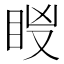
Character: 𥅢